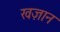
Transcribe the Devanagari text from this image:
खज़ान